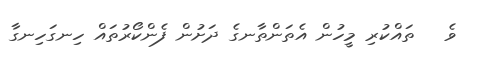
ވެ   ތައްކުރި މީހުން އެތަންތާނގެ ދަށުން ފެންކޯރުތައް ހިނގަހިނގާ